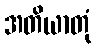
အတိယာတုံ